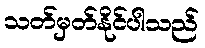
သတ်မှတ်နိုင်ပါသည်